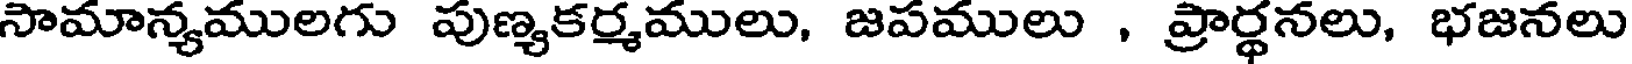
సామాన్యములగు పుణ్యకర్మములు, జపములు , ప్రార్థనలు, భజనలు